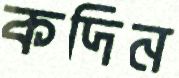
কদিন